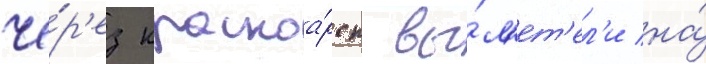
че́р'ез красноа́рск вы́л'ет'ел'и на́